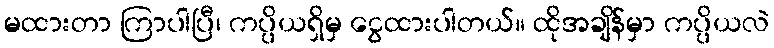
မထားတာ ကြာပါပြီ၊ ကပ္ပိယရှိမှ ငွေထားပါတယ်။ ထိုအချိန်မှာ ကပ္ပိယလဲ